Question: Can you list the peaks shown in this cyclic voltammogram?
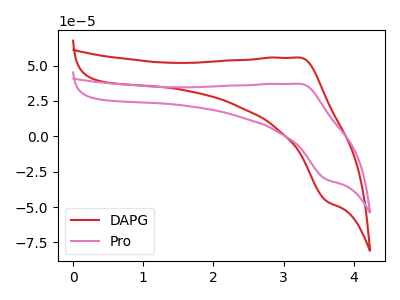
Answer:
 <answer>The red curve "DAPG" has an anodic peak at (3.25V, 55.55uA) and a cathodic peak at (3.60V, -45.75uA). The pink curve "Pro" has an anodic peak at (3.25V, 37.05uA) and a cathodic peak at (3.60V, -30.50uA).</answer>
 <eval></eval>